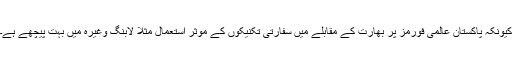
کیونکہ پاکستان عالمی فورمز پر بھارت کے مقابلے میں سفارتی تکنیکوں کے موثر استعمال مثلاً لابنگ وغیرہ میں بہت پیچھے ہے۔